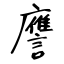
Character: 譍